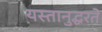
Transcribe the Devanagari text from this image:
यस्तानुद्धरते